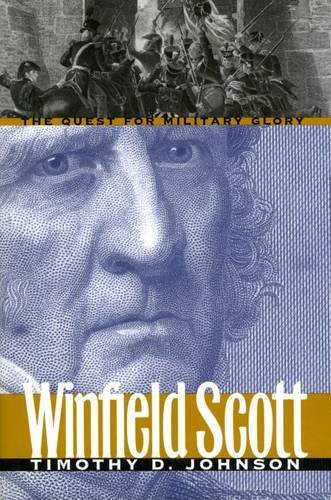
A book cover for Winfield Scott: The Quest for Military Glory (Modern War Studies); Timothy D. Johnson; History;